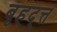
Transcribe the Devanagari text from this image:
बृहद्त्त